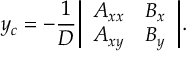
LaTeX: y _ { c } = - { \frac { 1 } { D } } { \left| \begin{array} { l l } { A _ { x x } } & { B _ { x } } \\ { A _ { x y } } & { B _ { y } } \end{array} \right| } .